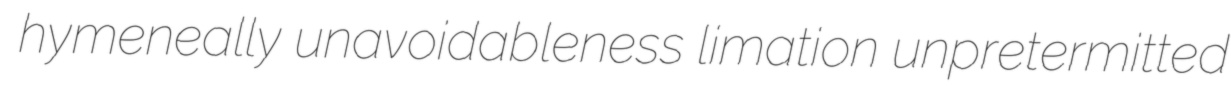
hymeneally unavoidableness limation unpretermitted